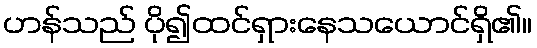
ဟန်သည် ပို၍ထင်ရှားနေသယောင်ရှိ၏။